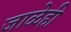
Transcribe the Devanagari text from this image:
जाळेही